Vaccination United Provinces of Agra and Oudh 1923-1928 - 1923-1928
Year: 1923
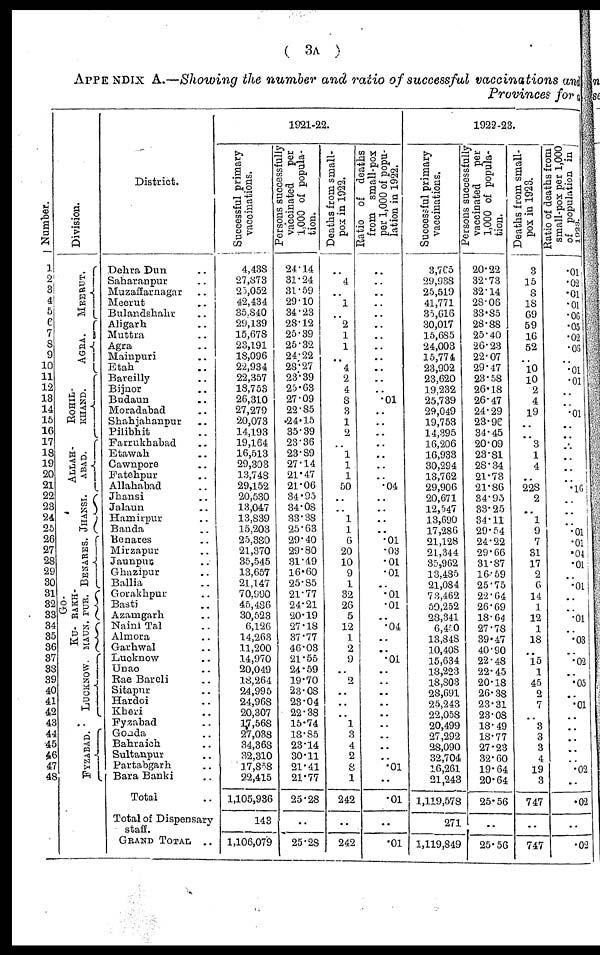
( 3A )
APPENDIX A.—Showing the number and ratio of successful vaccinations and
Provinces for a
Number.
1
2 3
4
5
6
7
8
9
10
11
12
13
14
15
16
17
18
19
20
21
22
23
24
25
26
27
28
29
30
31
32
33
34
35
36
37
38
39
40
41
42
43
44
45
46
47
48
Division.
MEERUT.
AGRA.
ROHIL¬
KHAND.
ALLAH-
----.
JHANSI.
BENARES.
GO¬
RAKH¬
PUR.
KU-
-AUN.
LUCKNOW
FYZABAD.
District.
Dehra Dun ..
Saharanpur ..
Muzaffarnagar ..
Meerut ..
Bulandshahr ..
Aligarh ..
Muttra ..
Agra ..
Mainpuri ..
Etah ..
Bareilly ..
Bijnor ..
Budaun ..
Moradabad ..
Shahjahanpur ..
Pilibhit ..
Farrukhabad ..
Etawah ..
Cawnpore ..
Fatehpur ..
Allahabad ..
Jhansi ..
Jalaun ..
Hamirpur ..
Banda ..
Benares ..
Mirzapur ..
Jaunpur ..
Ghazipur ..
Ballia ..
Gorakhpur ..
Basti ..
Azamgarh ..
Naini Tal ..
Almora ..
Garhwal ..
Lucknow ..
Unao ..
Rae Bareli ..
Sitapur ..
Hardoi ..
Kheri ..
Fyzabad ..
Gonda ..
Bahraich ..
Sultanpur ..
Partabgarh ..
Bara Banki ..
Total ..
Total of Dispensary
staff.
GRAND TOTAL ..
1921-22.
Successful primary
vaccinations.
4,438
27,873
25,052
42,434
35,840
29,139
15,678
23,191
18,096
22,934
22,357
18,753
26,310
27,279
20,073
14,193
19,164
16,513
29,303
13,748
29,152
20,530
13,047
13,839
15,203
25,380
21,370
35,545
13,657
21,147
70,990
45,486
30,523
6,126
14,263
11,200
14,970
20,049
18,264
24,995
24,968
20,307
17,568
27,038
34,368
32,310
17,858
22,415
1,105,936
143
1,106,079
Persons successfully
vaccinated
per
1,000 of popula-
tion.
24.14
31.24
31.59
29.10
34.23
28.12
25.39
25.32
24.22
28.27
23.39
25.63
27.09
22.85
24.15
35.39
23.36
23.89
27.14
21.47
21.06
34.95
34.08
33.38
25.63
29.40
29.80
31.49
16.60
25.85
21.77
24.21
20.19
27.18
37.77
46.03
21.55
24.59
19.70
23.08
23.04
22.38
15.74
18.85
23.14
30.11
21.41
21.77
25.28
..
25.28
Deaths from small-
pox in 1922.
..
4
..
1
..
2
1
1
..
4
2
4
8
3
1
2
..
1
1
1
50
..
..
1
1
6
20
10
9
1
32
26
5
12
1
2
9
..
2
..
..
..
1
3
4
2
8
1
242
..
242
Ratio of deaths
from small-pox
per 1,000 of popu¬
lation in 1922.
..
..
..
..
..
..
..
..
..
..
..
..
.01
..
..
..
..
..
..
..
.04
..
..
..
..
.01
.03
.01
.01
..
.01
.01
..
.04
..
..
.01
..
..
..
..
..
..
..
..
..
.01
..
.01
..
.01
1922-23.
Successful primary
vaccinations.
3,765
29,938
25,519
41,771
35,616
30,017
15,685
24,003
15,774
23,902
23,620
19,232
25,739
29,049
19,753
14,395
16,206
16,933
30,294
13,762
29,906
20,671
12,547
13,690
17,286
21,128
21,344
35,962
13,485
21,084
73,462
50,252
28,341
6,450
13,848
10,408
15,634
18,223
18,803
28,691
25,243
22,058
20,499
27,292
28,090
32,704
16,261
21,243
1,119,578
271
1,119,849
Persons successfully
vaccinated
per
1,000 of popula-
tion.
20.22
32.73
32.14
28.06
33.85
28.88
25.40
26.23
22.07
29.47
23.58
26.18
26.47
24.29
23.96
34.45
20.09
23.81
28.34
21.73
21.86
34.95
33.25
34.11
29.54
24.22
29.66
31.87
16.59
25.75
22.64
26.69
18.64
27.78
39.47
40.90
22.48
22. 45
20.18
26.38
23.31
23.08
18.49
18.77
27.23
32.60
19.64
20.64
25.56
..
25.56
Deaths from small-
pox in 1923.
3
15
8
18
69
59
16
52
..
10
10
2
4
19
..
..
3
1
4
..
228
2
..
1
9
7
31
17
2
6
14
1
12
1
18
..
15
1
45
2
7
..
3
3
3
4
19
3
747
..
747
Ratio of deaths from
small-pox per 1,000
of population in
1923.
.01
.02
.01
.01
.06
.05
.02
.05
..
.01
.01
..
..
.01
..
..
..
..
..
..
.16
..
..
..
.01
.01
.04
.01
..
.01
..
..
.01
..
.03
..
.02
..
.05
.01
..
..
..
..
..
.02
.02
..
.02